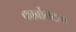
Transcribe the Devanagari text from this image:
कार्बोनेटचा